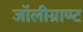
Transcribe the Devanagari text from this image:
जॉलीग्राण्ट